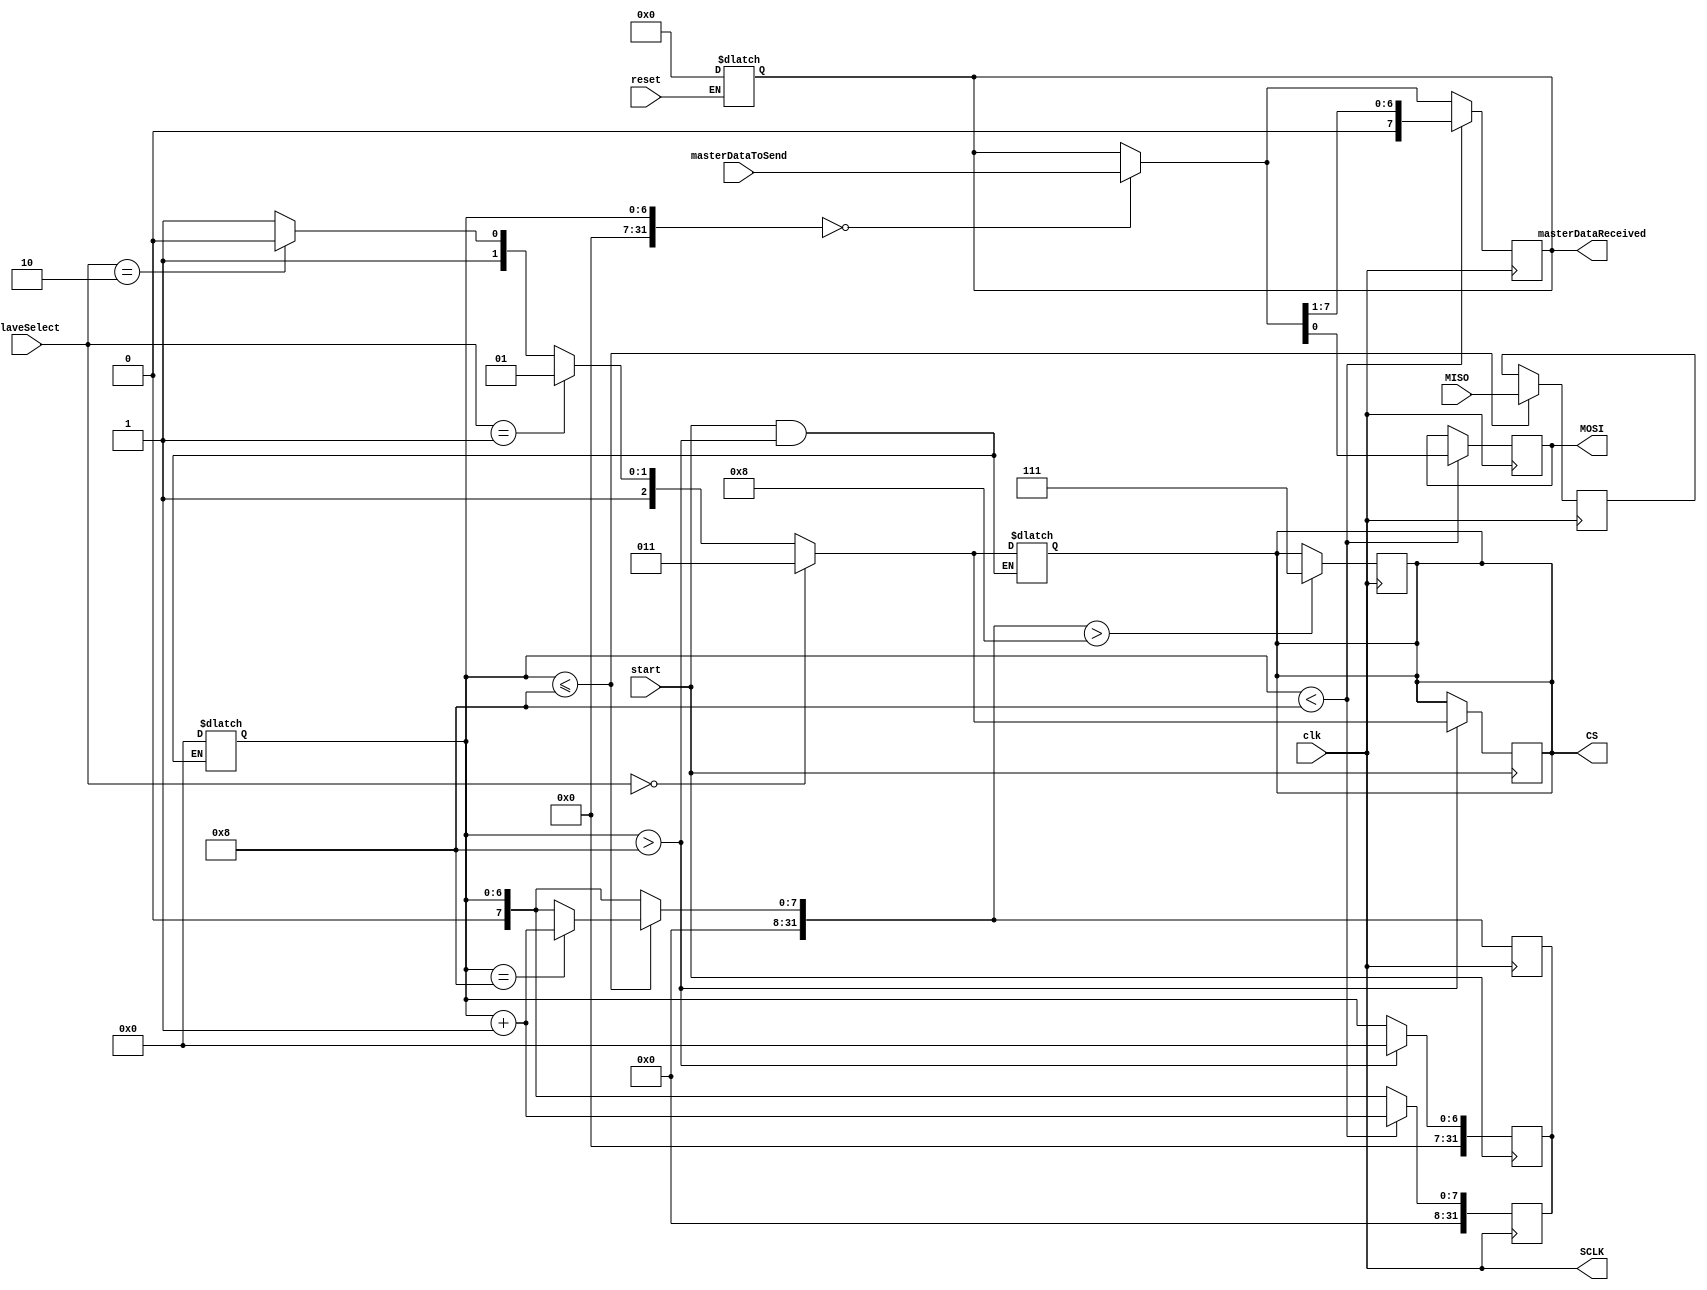
module Master(
	input clk,input reset,
	input start,input [1:0]slaveSelect,input [7:0]masterDataToSend,output [7:0]masterDataReceived,
	output SCLK,output [0:2]CS,output MOSI,input MISO
);
reg [7:0]MasterDataToSend;
integer c = 100;
reg store;//store the value to send
assign SCLK = clk;
reg [2:0] csss; /////// to Store CS Value
reg enable=1'b0;

assign CS = csss;
assign MOSI = store;
assign masterDataReceived = MasterDataToSend;
/////////////////////////////////////
always@(masterDataToSend)
begin
if (start==1 & c>8)
begin
c=0;
if(slaveSelect == 2'b00)
    csss = 3'b011;
else if(slaveSelect == 2'b01)
    csss = 3'b101;
else if(slaveSelect == 2'b10)
    csss = 3'b110;
else
    csss = 3'b111;
end
end
//////////////////////////////////////
always@(posedge start)
begin
if (c>8)begin
c=0;
if(slaveSelect == 2'b00)
    csss = 3'b011;
else if(slaveSelect == 2'b01)
    csss = 3'b101;
else if(slaveSelect == 2'b10)
    csss = 3'b110;
else
    csss = 3'b111;
end
end
///////////////////////////////
always @(reset)
begin
if(reset == 1)
begin
    MasterDataToSend = 0;
end
end

always @(posedge clk)
begin
    if(c == 0)
        begin
         MasterDataToSend = masterDataToSend;
        end
    if(c < 8)
        begin
        store = MasterDataToSend[0];
        MasterDataToSend =  MasterDataToSend >> 1;
        c = c + 1;
    end
end

always@(negedge clk)
begin

if( c <= 8 )
begin
MasterDataToSend[7] = MISO;
if (c==8)c=c+1;
end
if (c>8)csss=3'b111;
end
endmodule